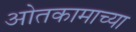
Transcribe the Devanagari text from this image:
ओतकामाच्या